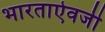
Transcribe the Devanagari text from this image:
भारताऐवजी